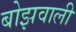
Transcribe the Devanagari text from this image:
बोझवाली